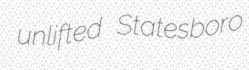
unlifted Statesboro